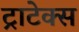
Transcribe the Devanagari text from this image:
ट्राटेक्स